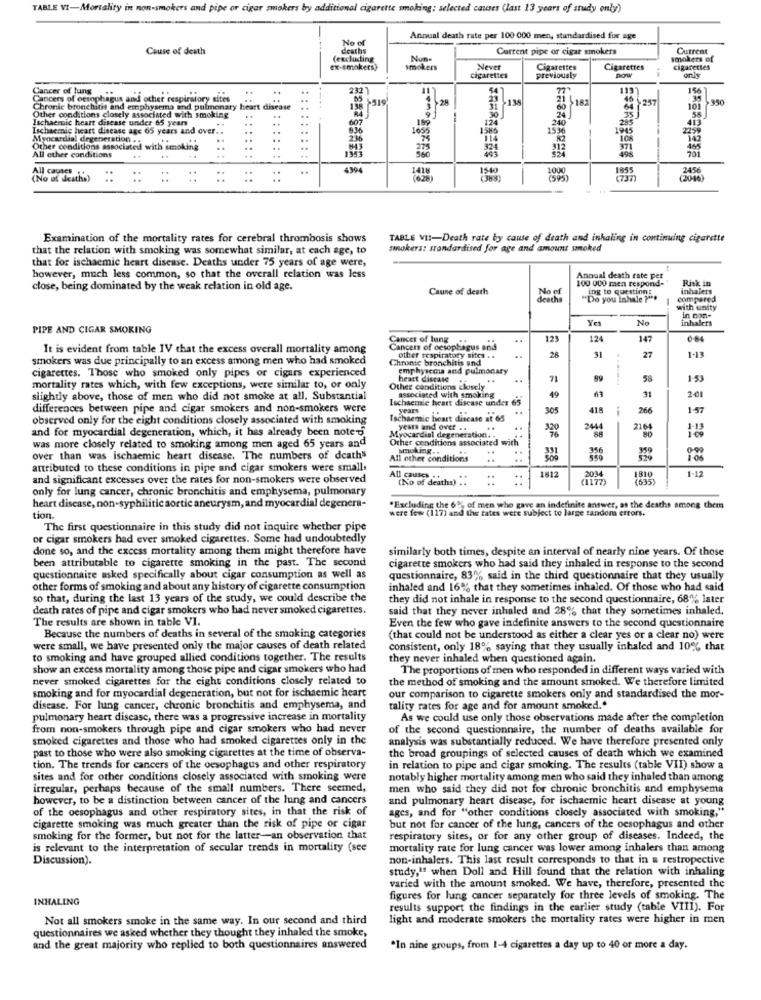
TABLE VI-Mortality in non-smokers and pipe or cigar smokers by additional cigarette smoking; selected causes (last 13 years of study only)
No of
Annual death rate per 100 000 men, standardised for age
Cause of death
deaths
Current pipe or cigar smokers
Current
(excluding
Nun-
smokers of
ex-smokers)
smokers
Never
Cigarettes
Cigarettes
cigarettes
only
cigarettes
previously
now
Cancer of lung
232
156
Cancers of oesophagus and other respiratory sites
$519
+135
21 5 182
Chronic bronchitis and emphysema and pulmonary heart disease
Other conditions closely associated with smoking
138
28
60
40 ,257
101
Ischaemic heart disease under 65 years
..
607
199
124
24
240
413
55
Ischaemic heart disease age 65 years and over ..
836
1655
158
1536
1945
2255
Myocardial degeneration . .
..
236
Other conditions associated with smoking
371
All other conditions
498
All causes
..
4394
1540
1000
1855
2456
(No of deaths)
::
(595)
(737)
(2016)
Examination of the mortality rates for cerebral thrombosis shows
TABLE VII-Death rate by cause of death and inhaling in continuing cigarette
that the relation with smoking was somewhat similar, at each age, to
sinokers: standardised for age and amount smoked
that for ischaemic heart disease. Deaths under 75 years of age were,
however, much less common, so that the overall relation was less
Annual death rate pet
100 000 men respond-
Risk in
close, being dominated by the weak relation in old age.
Cause of death
No of
ing to question:
inhalers
deaths
"Do you inhale ?" **
compared
with unity
in non-
Yes
No
inhalers
PIPE AND CIGAR SMOKING
Cancer of lung
..
123
124
147
0.84
It is evident from table IV that the excess overall mortality among
Cancers of oesophagus and
28
31
27
smokers was due principally to an excess among men who had smoked
Chronic bronchitis and
other respiratory sites . .
1-13
cigarettes. Those who smoked only pipes or cigars experienced
emphysema and pulmonary
heart disease
71
58
1-53
mortality rates which, with few exceptions, were similar to, or only
Other conditions closely
slightly above, those of men who did not smoke at all. Substantial
Ischaemic heart disease under 65
associated with smoking
49
31
2-01
differences between pipe and cigar smokers and non-smokers were
years
..
305
418
266
1-57
observed only for the eight conditions closely associated with smoking
Ischaemic heart disease at 65
and for myocardial degeneration, which, it has already been noted
Myocardial degeneration. .
years and over . .
320
2441
2164
1-13
Other conditions associated with
80
was more closely related to smoking among men aged 65 years and
smoking ..
331
356
359
0-90
over than was ischaemic heart disease. The numbers of deaths
All other conditions
..
attributed to these conditions in pipe and cigar smokers were small,
1812
1-12
and significant excesses over the rates for non-smokers were observed
All causes
(No of deaths) ..
2034
(635)
1810
only for lung cancer, chronic bronchitis and emphysema, pulmonary
heart disease, non-syphilitic aortic aneurysm, and myocardial degenera-
"Excluding the 60; of men who gave an indefinite answer, as the deaths among them
tion.
3 the rates were subject to large random errors.
The first questionnaire in this study did not inquire whether pipe
or cigar smokers had ever smoked cigarettes. Some had undoubtedly
done so, and the excess mortality among them might therefore have
similarly both times, despite an interval of nearly nine years. Of those
been attributable to cigarette smoking in the past. The second
cigarette smokers who had said they inhaled in response to the second
questionnaire asked specifically about cigar consumption as well as
questionnaire, 83%, said in the third questionnaire that they usually
other forms of smoking and about any history of cigarette consumption
inhaled and 16% that they sometimes inhaled. Of those who had said
so that, during the last 13 years of the study, we could describe the
they did not inhale in response to the second questionnaire, 68% later
death rates of pipe and cigar smokers who had never smoked cigarettes,
said that they never inhaled and 28% that they sometimes inhaled.
The results are shown in table VI.
Even the few who gave indefinite answers to the second questionnaire
Because the numbers of deaths in several of the smoking categories
(that could not be understood as either a clear yes or a clear no) were
were small, we have presented only the major causes of death related
consistent, only 18% saying that they usually inhaled and 10% that
to smoking and have grouped allied conditions together. The results
they never inhaled when questioned again.
show an excess mortality among those pipe and cigar smokers who had
The proportions of men who responded in different ways varied with
never smoked cigarettes for the eight conditions closely related to
the method of smoking and the amount smoked. We therefore limited
smoking and for myocardial degeneration, but not for ischaemic heart
our comparison to cigarette smokers only and standardised the mor-
disease. For lung cancer, chronic bronchitis and emphysema, and
tality rates for age and for amount smoked."
pulmonary heart disease, there was a progressive increase in mortality
As we could use only those observations made after the completion
from non-smokers through pipe and cigar smokers who had never
of the second questionnaire, the number of deaths available for
smoked cigarettes and those who had smoked cigarettes only in the
analysis was substantially reduced. We have therefore presented only
past to those who were also smoking cigarettes at the time of observa-
the broad groupings of selected causes of death which we examined
tion. The trends for cancers of the oesophagus and other respiratory
in relation to pipe and cigar smoking. The results (table VII) show a
sites and for other conditions closely associated with smoking were
notably higher mortality among men who said they inhaled than among
irregular, perhaps because of the small numbers. There seemed,
men who said they did not for chronic bronchitis and emphysema
however, to be a distinction between cancer of the lung and cancers
and pulmonary heart disease, for ischaemic heart disease at young
of the oesophagus and other respiratory sites, in that the risk of
ages, and for "other conditions closely associated with smoking,"
cigarette smoking was much greater than the risk of pipe or cigar
but not for cancer of the lung, cancers of the oesophagus and other
smoking for the former, but not for the latter-an observation that
respiratory sites, or for any other group of diseases. Indeed, the
is relevant to the interpretation of secular trends in mortality (see
mortality rate for lung cancer was lower among inhalers than among
Discussion).
non-inhalers. This last result corresponds to that in a restropective
study,"" when Doll and Hill found that the relation with inhaling
varied with the amount smoked. We have, therefore, presented the
INHALING
figures for lung cancer separately for three levels of smoking. The
results support the findings in the earlier study (table VIII). For
Not all smokers smoke in the same way. In our second and third
light and moderate smokers the mortality rates were higher in men
questionnaires we asked whether they thought they inhaled the smoke,
and the great majority who replied to both questionnaires answered
*In nine groups, from 1-4 cigarettes a day up to 40 or more a day.